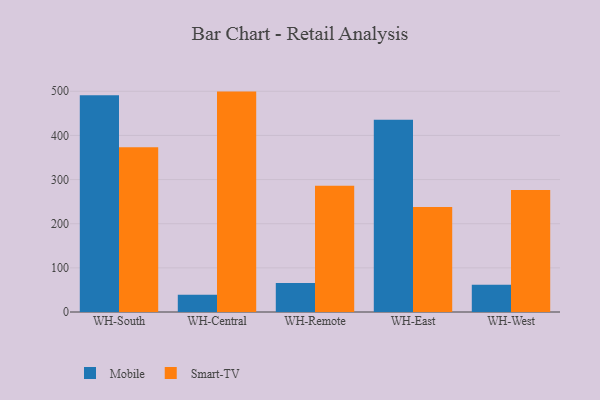
{"axis": {"x": "Warehouse", "y": "Tickets Resolved"}, "legend": ["Mobile", "Smart-TV"], "data": [{"x": "WH-South", "y": 490.9, "type": "Mobile"}, {"x": "WH-South", "y": 373.5, "type": "Smart-TV"}, {"x": "WH-Central", "y": 39.1, "type": "Mobile"}, {"x": "WH-Central", "y": 499.3, "type": "Smart-TV"}, {"x": "WH-Remote", "y": 65.8, "type": "Mobile"}, {"x": "WH-Remote", "y": 285.8, "type": "Smart-TV"}, {"x": "WH-East", "y": 435.7, "type": "Mobile"}, {"x": "WH-East", "y": 237.7, "type": "Smart-TV"}, {"x": "WH-West", "y": 62.0, "type": "Mobile"}, {"x": "WH-West", "y": 276.5, "type": "Smart-TV"}]}